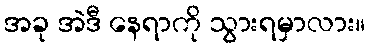
အခု အဲဒီ နေရာကို သွားရမှာလား။